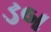
ડબ